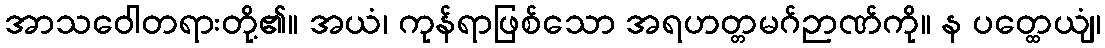
အာသဝေါတရားတို့၏။ အယံ၊ ကုန်ရာဖြစ်သော အရဟတ္တမဂ်ဉာဏ်ကို။ န ပတ္ထေယျံ၊